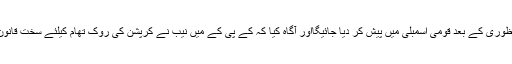
بل کابینہ سے منظوری کے بعد قومی اسمبلی میں پیش کر دیا جائیگااور آگاہ کیا کہ کے پی کے میں نیب نے کرپشن کی روک تھام کیلئے سخت قانون سازی کی ہے ۔